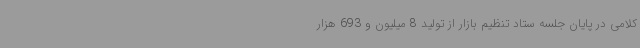
کلامی در پایان جلسه ستاد تنظیم بازار از تولید 8 میلیون و 693 هزار